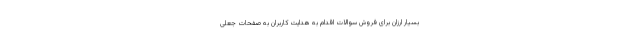
بسیار ارزان برای فروش سوالات اقدام به هدایت کاربران به صفحات جعلی